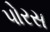
પોરસ